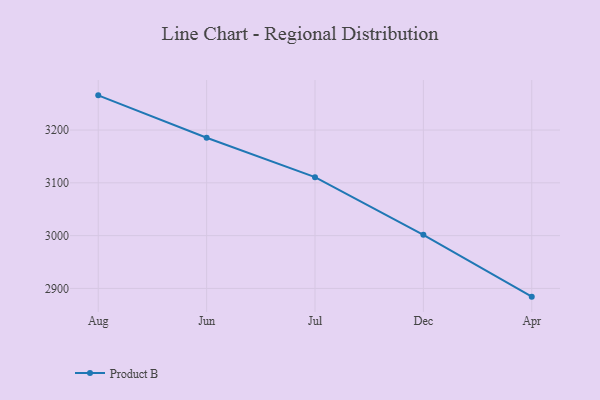
{"axis": {"x": "Month", "y": "Bounce Rate (%)"}, "legend": ["Product B"], "data": [{"x": "Aug", "y": 3265.7, "type": "Product B"}, {"x": "Jun", "y": 3185.3, "type": "Product B"}, {"x": "Jul", "y": 3110.7, "type": "Product B"}, {"x": "Dec", "y": 3001.6, "type": "Product B"}, {"x": "Apr", "y": 2884.4, "type": "Product B"}]}